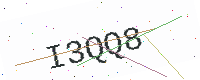
Text: I3QQ8